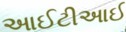
આઈટીઆઈ